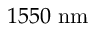
1 5 5 0 ~ \mathrm { n m }